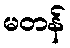
မတန်